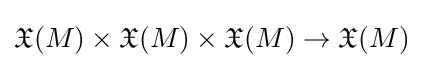
{\mathfrak {X}}(M)\times {\mathfrak {X}}(M)\times {\mathfrak {X}}(M)\rightarrow {\mathfrak {X}}(M)